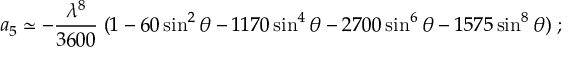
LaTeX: a _ { 5 } \simeq - { \frac { \lambda ^ { 8 } } { 3 6 0 0 } } \; ( 1 - 6 0 \sin ^ { 2 } \theta - 1 1 7 0 \sin ^ { 4 } \theta - 2 7 0 0 \sin ^ { 6 } \theta - 1 5 7 5 \sin ^ { 8 } \theta ) \; ;